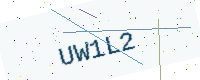
Text: UW1L2